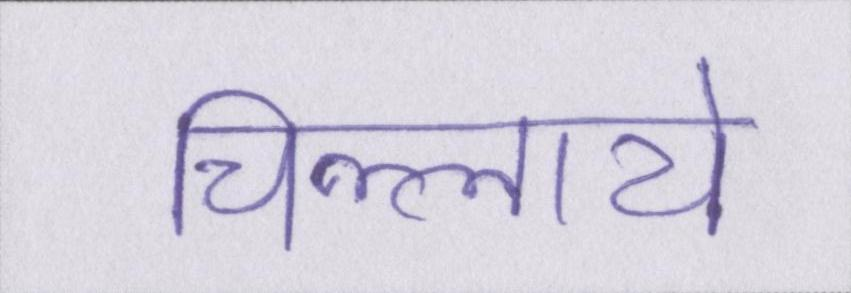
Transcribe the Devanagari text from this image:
चिल्लाये